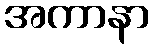
အကာနာ